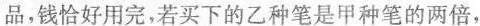
品，钱恰好用完，若买下的乙种笔是甲种笔的两倍，